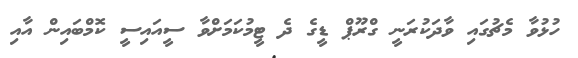
ހުޅުވާ މެޗުގައި ވާދަކުރަނީ ގްރޫޕް ޑީގެ ދެ ޓީމުކަމަށްވާ ސީއައިސީ ކޮމްބައިން އާއި